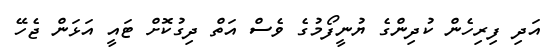
އަދި ފިރިހެން ކުދިންގެ ޔުނީފޯމުގެ ވެސް އަތް ދިގުކޮށް ޓައީ އަޅަން ޖެހޭ